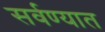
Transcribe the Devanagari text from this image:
सर्वण्यात